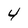
Character: 4